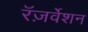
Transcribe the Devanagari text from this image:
रॅज़र्वेशन